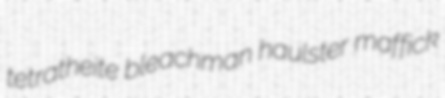
tetratheite bleachman haulster maffick